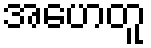
အဟေတူ